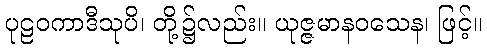
ပုဠဝကာဒီသုပိ၊ တို့၌လည်း။ ယုဇ္ဇမာနဝသေန၊ ဖြင့်။